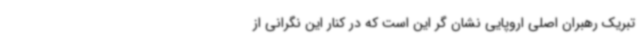
تبریک رهبران اصلی اروپایی نشان گر این است که در کنار این نگرانی از